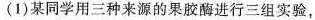
(1)某同学用三种来源的果胶酶进行三组实验，